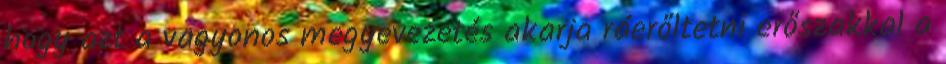
hogy azt a vagyonos megyevezetés akarja ráerőltetni erőszakkal a